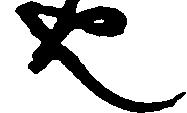
也